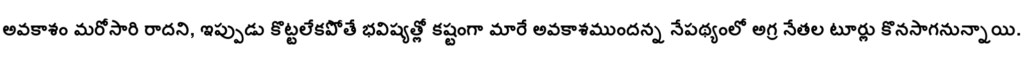
అవకాశం మరోసారి రాదని, ఇప్పుడు కొట్టలేకపోతే భవిష్యత్లో కష్టంగా మారే అవకాశముందన్న నేపథ్యంలో అగ్ర నేతల టూర్లు కొనసాగనున్నాయి.